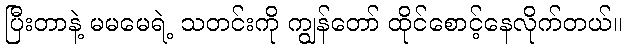
ပြီးတာနဲ့ မမမေရဲ့ သတင်းကို ကျွန်တော် ထိုင်စောင့်နေလိုက်တယ်။